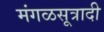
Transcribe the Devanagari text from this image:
मंगळसूत्रादी